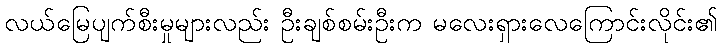
လယ်မြေပျက်စီးမှုများလည်း ဦးချစ်စမ်းဦးက မလေးရှားလေကြောင်းလိုင်း၏